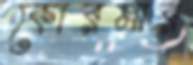
কোরমার